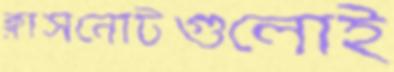
ক্লাসনোটগুলোই